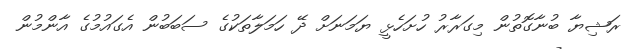
ރަޝިޔާ ބުނާގޮތުން މިގަރާރު ހުށަހެޅީ ޔަމަނަށް ދޭ ހަމަލާތަކުގެ ސަބަބުން އެގައުމުގެ އާންމުން